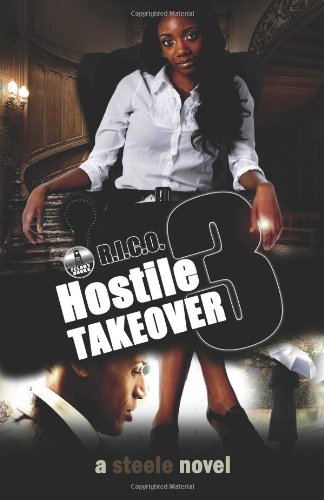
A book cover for R.I.C.O. 3: Hostile Takeover; Tony Steele; Mystery, Thriller & Suspense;